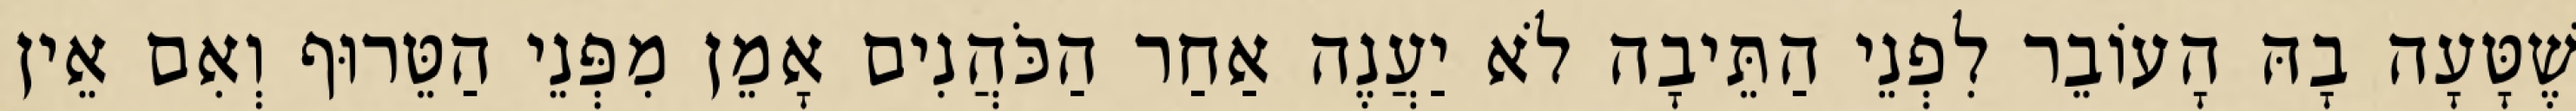
שֶׁטָּעָה בָהּ הָעוֹבֵר לִפְנֵי הַתֵּיבָה לֹא יַעֲנֶה אַחַר הַכֹּהֲנִים אָמֵן מִפְּנֵי הַטֵּרוּף וְאִם אֵין